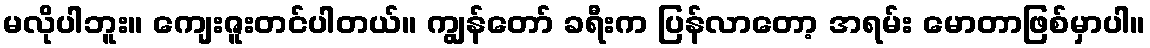
မလိုပါဘူး။ ကျေးဇူးတင်ပါတယ်။ ကျွန်တော် ခရီးက ပြန်လာတော့ အရမ်း မောတာဖြစ်မှာပါ။